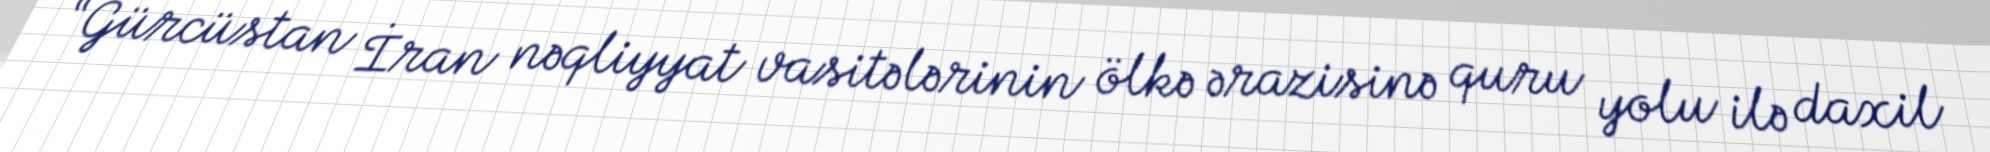
“Gürcüstan İran nəqliyyat vasitələrinin ölkə ərazisinə quru yolu ilə daxil